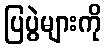
ပြပွဲများကို